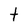
Character: t